Indian journal of veterinary science and animal husbandry - Volume 10,
Year: 1940
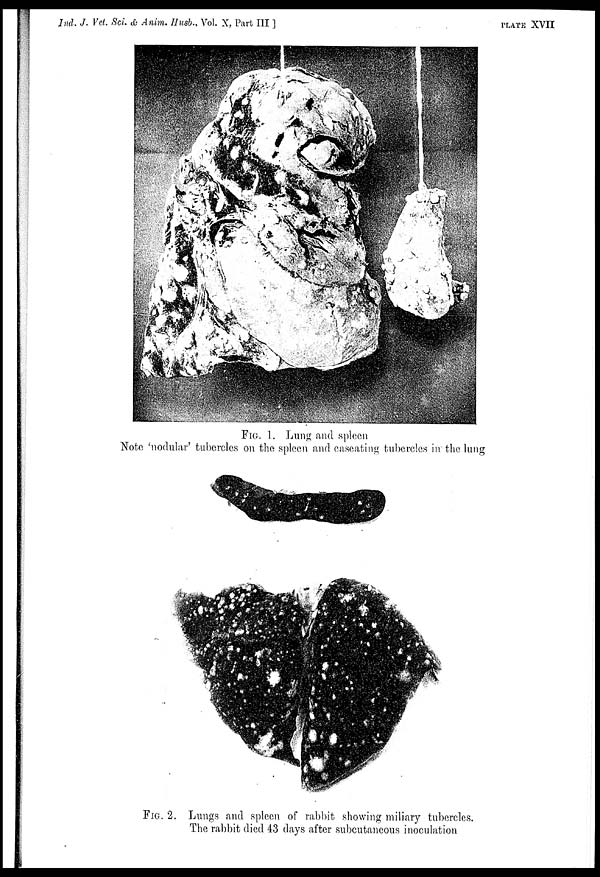
Ind. J. Vet. Sci. & Anim. Husb., Vol. X, Part III ]
plate XVII
FIG. 1. Lung and spleen
Note 'nodular' tubercles on the spleen and caseating tubercles in the lung
FIG. 2. Lungs and spleen of rabbit showing miliary tubercles.
The rabbit died 43 days after subcutaneous inoculation